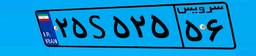
۲۵S۵۲۵۵۶